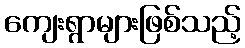
ကျေးရွာများဖြစ်သည့်